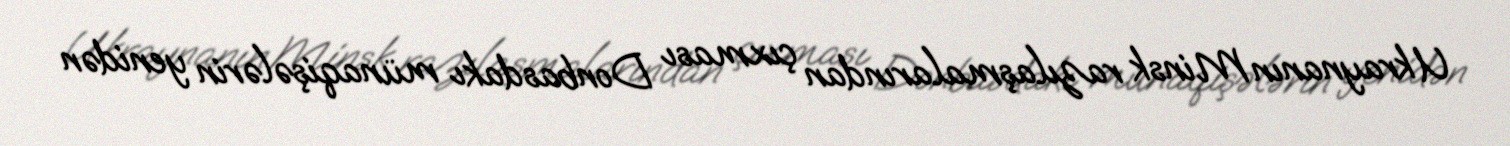
Ukraynanın Minsk razılaşmalarından çıxması Donbasdakı münaqişələrin yenidən